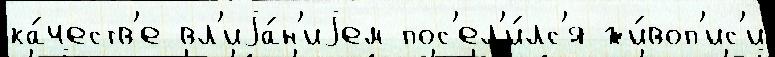
ка́честв'е вл'иjа́н'иjем пос'ел'и́лс'я жи́воп'ис'и